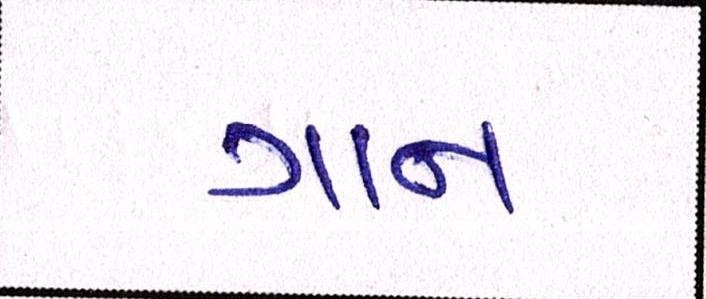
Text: ગાન